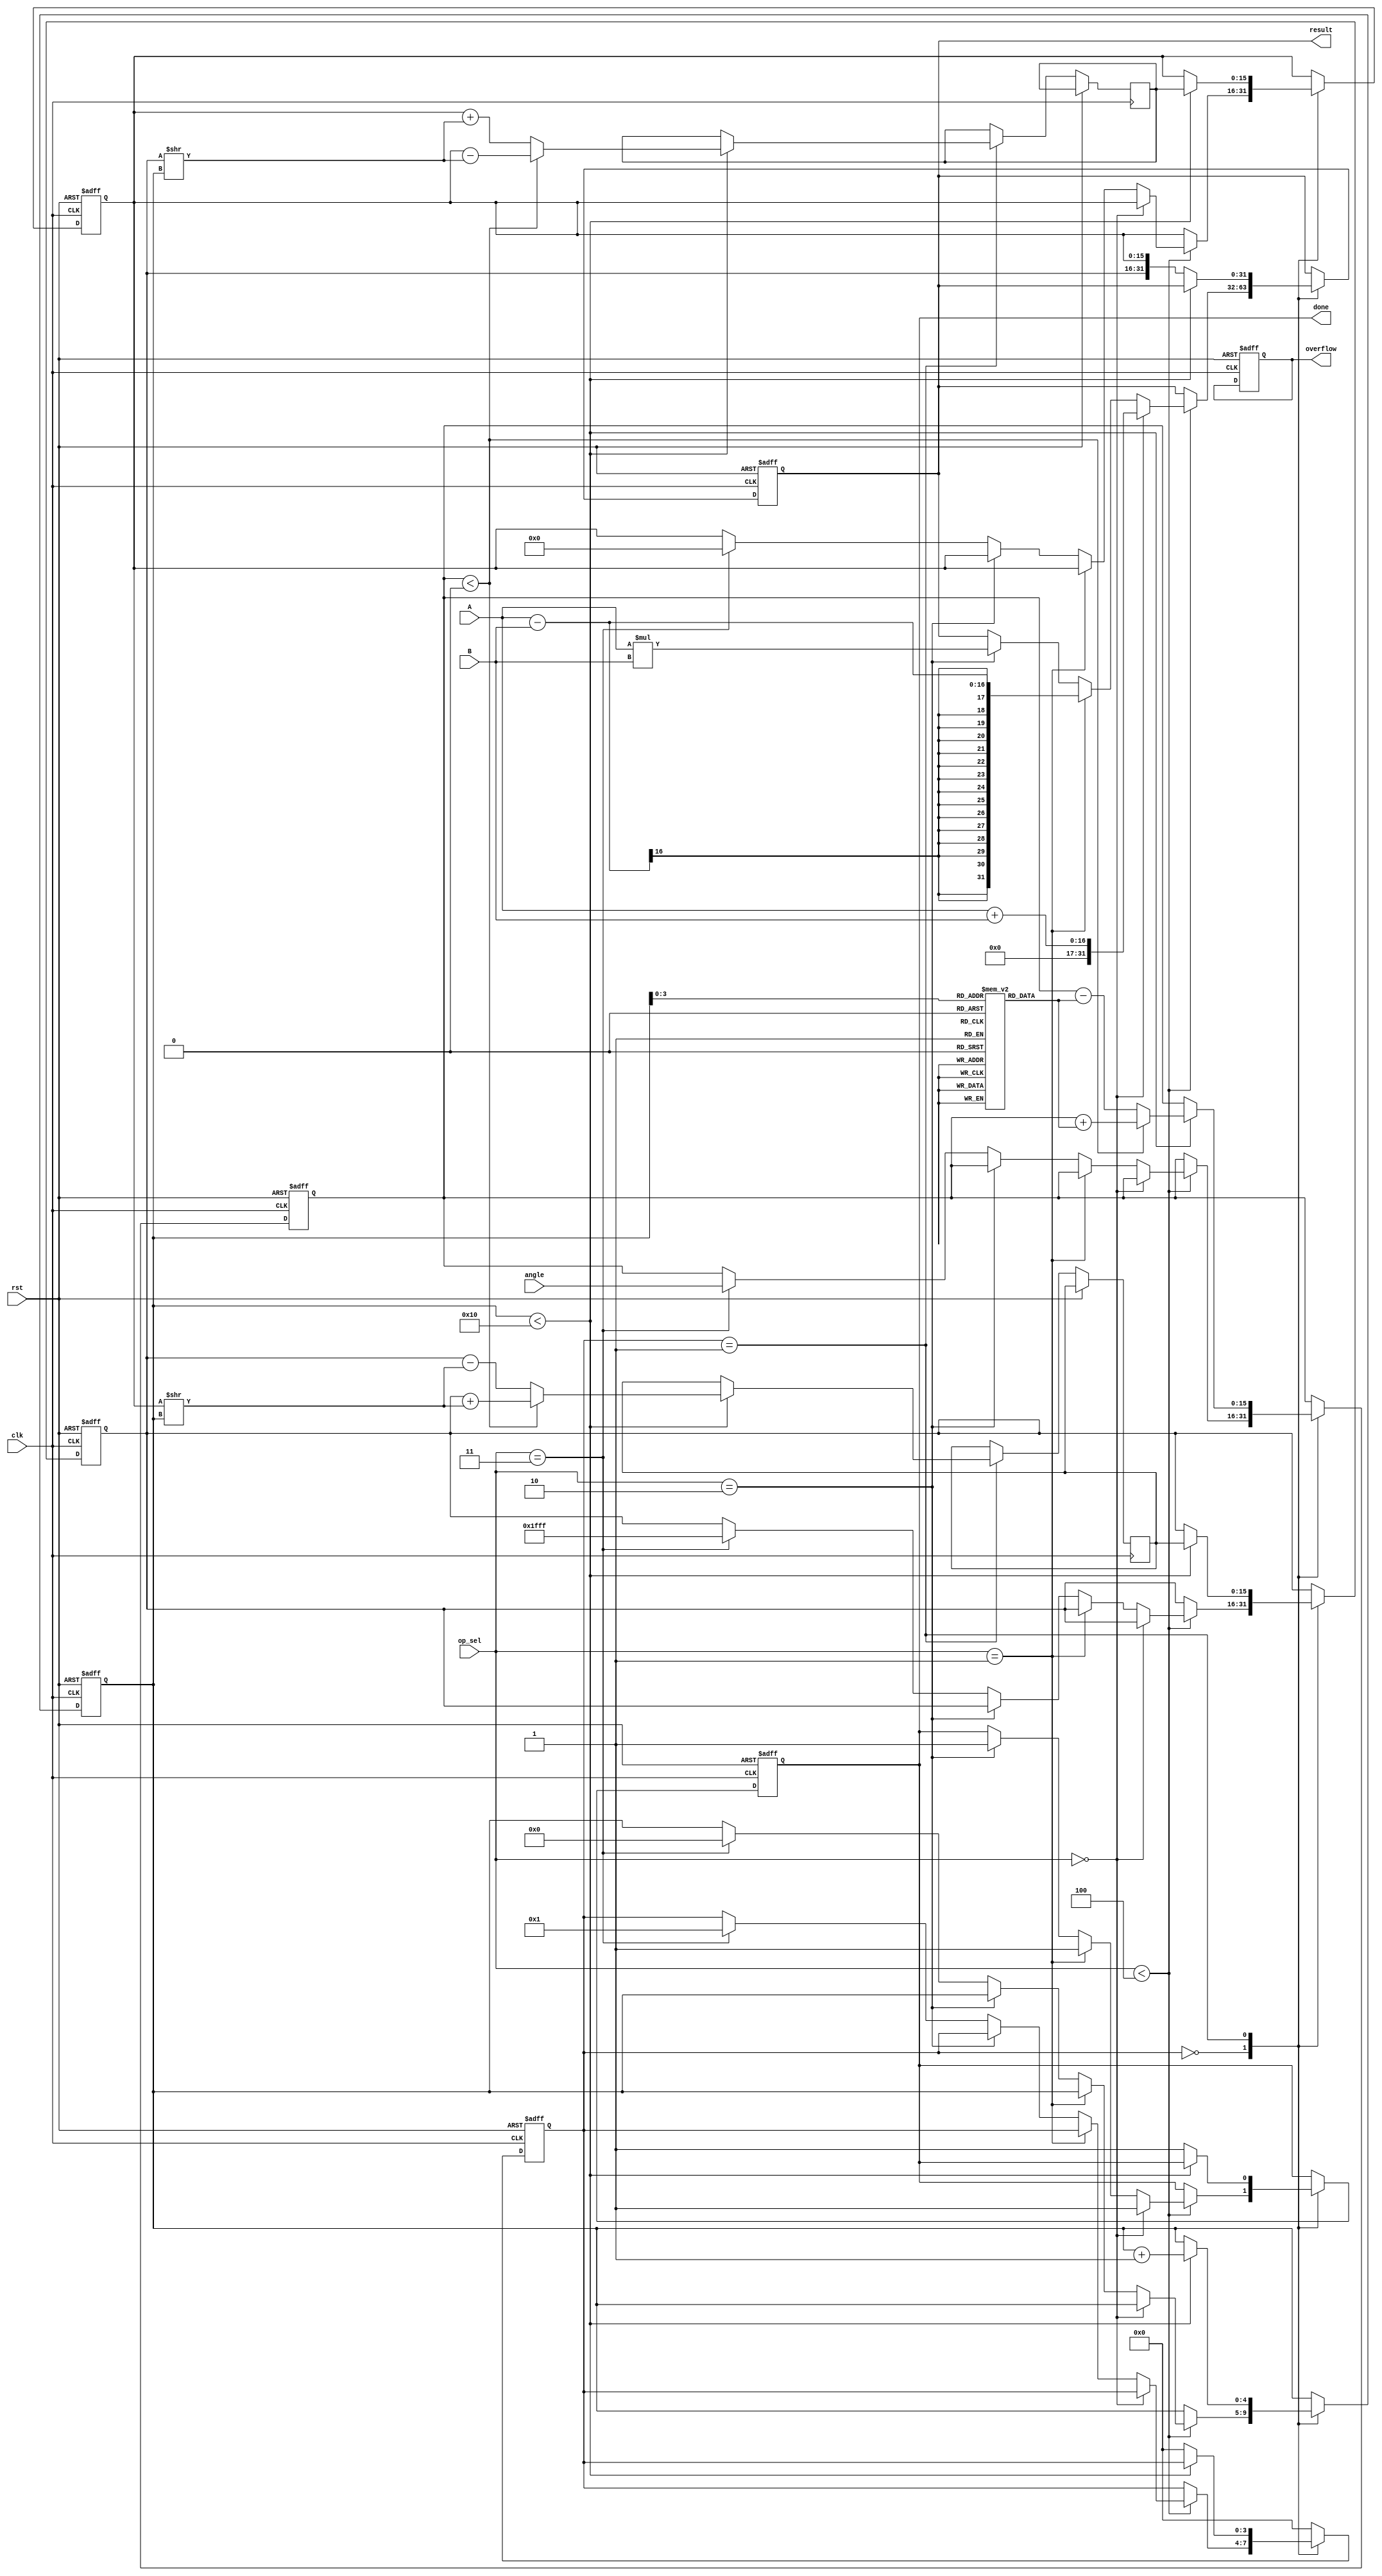
module unified_cordic (
    input wire clk,
    input wire rst,
    input wire [15:0] A,        // Operand A
    input wire [15:0] B,        // Operand B
    input wire [3:0] op_sel,    // Operation Selector: 0 - Add/Sub, 1 - Mul, 2 - Div, 3 - Sin/Cos
    input wire [15:0] angle,     // Input angle in radians for trigonometric operations
    output reg [31:0] result,   // Result of the operation
    output reg overflow,         // Overflow flag
    output reg done              // Operation done flag
);

    // Internal signals
    reg [15:0] x[0:3];          // x registers
    reg [15:0] y[0:3];          // y registers
    reg [15:0] z;               // Angle register
    reg [4:0] i;                // Iteration counter
    reg [3:0] state;            // FSM state
    reg [15:0] atan_table [0:15]; // Angle lookup table

    // Initialize the arctan lookup table
    initial begin
        atan_table[0] = 16'h3C90; // atan(2^-0)
        atan_table[1] = 16'h3B0C; // atan(2^-1)
        atan_table[2] = 16'h3A1C; // atan(2^-2)
        atan_table[3] = 16'h391B; // atan(2^-3)
        atan_table[4] = 16'h3844; // atan(2^-4)
        atan_table[5] = 16'h37A1; // atan(2^-5)
        atan_table[6] = 16'h36D2; // atan(2^-6)
        atan_table[7] = 16'h3636; // atan(2^-7)
        atan_table[8] = 16'h35B2; // atan(2^-8)
        atan_table[9] = 16'h3540; // atan(2^-9)
        atan_table[10] = 16'h34C6; // atan(2^-10)
        atan_table[11] = 16'h3454; // atan(2^-11)
        atan_table[12] = 16'h33D8; // atan(2^-12)
        atan_table[13] = 16'h335D; // atan(2^-13)
        atan_table[14] = 16'h32E5; // atan(2^-14)
        atan_table[15] = 16'h327B; // atan(2^-15)
    end

    // Main FSM for control
    always @(posedge clk or posedge rst) begin
        if (rst) begin
            state <= 0;
            result <= 0;
            overflow <= 0;
            done <= 0;
            i <= 0;
            x[0] <= 0;
            y[0] <= 0;
            z <= 0;
        end else begin
            case(state)
                0: begin // Idle state
                    if (op_sel < 4) begin
                        if (op_sel == 0) begin // Add
                            result <= A + B;
                            done <= 1;
                        end else if (op_sel == 1) begin // Sub
                            result <= A - B;
                            done <= 1;
                        end else if (op_sel == 2) begin // Mul
                            result <= A * B; // Simple multiplication
                            done <= 1;
                        end else if (op_sel == 3) begin // Sin/Cos
                            x[0] <= 16'h1FFF; // Initial cosine
                            y[0] <= 0; // Initial sine
                            z <= angle; // Input angle
                            i <= 0; // Reset iterations
                            state <= 1; // Go to rotation mode
                        end
                    end
                end
                1: begin // CORDIC Rotate Mode
                    if (i < 16) begin
                        // Rotate calculation
                        if (z < 0) begin
                            x[1] <= x[0] + (y[0] >> i);
                            y[1] <= y[0] - (x[0] >> i);
                            z <= z + atan_table[i];
                        end else begin
                            x[1] <= x[0] - (y[0] >> i);
                            y[1] <= y[0] + (x[0] >> i);
                            z <= z - atan_table[i];
                        end
                        i <= i + 1;
                        x[0] <= x[1];
                        y[0] <= y[1];
                    end else begin
                        result <= {x[0], y[0]}; // Return result as a concatenation of x and y
                        done <= 1;
                        state <= 0; // Go back to idle state
                    end
                end
                default: state <= 0; // Reset to idle state
            endcase
        end
    end
endmodule